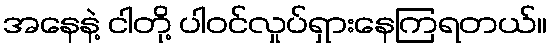
အနေနဲ့ ငါတို့ ပါဝင်လှုပ်ရှားနေကြရတယ်။